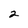
Character: 2